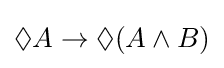
\Diamond A\to \Diamond (A\land B)